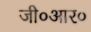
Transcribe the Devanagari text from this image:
जी०आर०